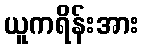
ယူကရိန်းအား